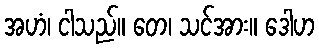
အဟံ၊ ငါသည်။ တေ၊ သင်အား။ ဒေါဟ